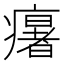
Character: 𤻃